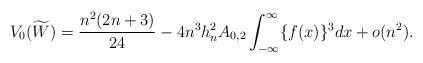
LaTeX: \begin{align*}V_0(\widetilde{W})=\frac{n^2(2n+3)}{24}-4n^3h_n^2A_{0,2}\int_{-\infty}^{\infty}\{f(x)\}^3dx+o(n^2).\end{align*}